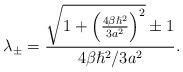
LaTeX: \begin{align*}\lambda_{\pm}=\frac{\sqrt{1+\left(\frac{4\beta \hslash^{2}}{3a^{2}}\right)^{2}}\pm 1}{4\beta\hslash^{2}/3a^{2}}.\end{align*}